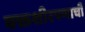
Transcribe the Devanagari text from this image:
वक्तशीरपणाची